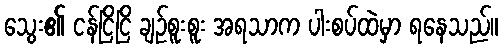
သွေး၏ ငန်ငြိငြိ ချဉ်စူးစူး အရသာက ပါးစပ်ထဲမှာ ရနေသည်။